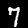
Label: 7